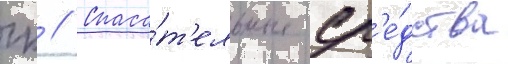
гк // Спаса́т'ельные ср'е́дства